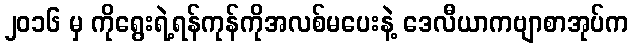
၂၀၁၆ မှ ကိုရွေးရဲ့ရန်ကုန်ကိုအလစ်မပေးနဲ့ ဒေလီယာကဗျာစာအုပ်က